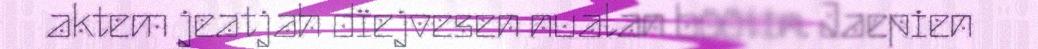
aktem jeatjah dïejvesen nualan böötin. Jaepien